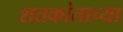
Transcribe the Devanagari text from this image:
शतकांताच्या